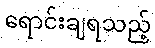
ရောင်းချရသည့်